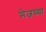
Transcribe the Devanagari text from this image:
मेजच्या